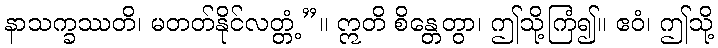
နာသက္ခဿတိ၊ မတတ်နိုင်လတ္တံ့”။ ဣတိ စိန္တေတွာ၊ ဤသို့ကြံ၍။ ဧဝံ၊ ဤသို့